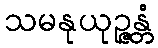
သမနုယုဉ္ဇန္တံ